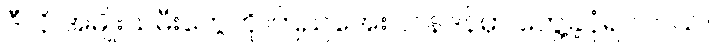
ဒီလို အမျိုးသမီးတွေကို ကြည်အေး လန်ဒန်မှာ တွေ့ခဲ့ပုံရပါတယ်။